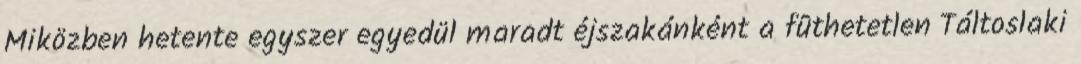
Miközben hetente egyszer egyedül maradt éjszakánként a fûthetetlen Táltoslaki